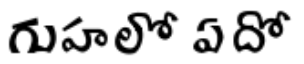
గుహలో ఏదో